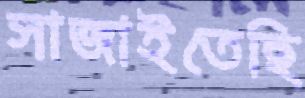
সাজাইতেছি